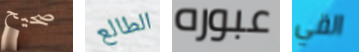
صحيح الطالع عبوره القي